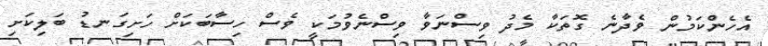
އެހެންކަމުން ވެދާނެ ގޮތަކާ މެދު ވިސްނަވާ ވިސްނެވުމަކީ ވެސް ހިސާބަކަށް ހަށިގަނޑު ބަލިކަށި